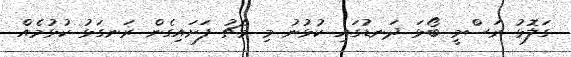
ގަލޮޅު ރަސްމީ ބޯޅަ ދަނޑުގައި ކުޅުނު މި މެޗު ފަށައިގެން ރަނގަޅު ކުޅުމެއް